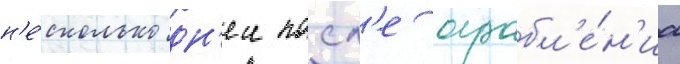
н'е́сколько дн'еи посл'е ограбл'е́н'иа